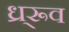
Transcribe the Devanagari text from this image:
ध्र्रूव